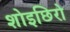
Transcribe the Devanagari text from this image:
शोइछिरो